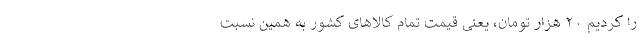
را کردیم ۲۰ هزار تومان، یعنی قیمت تمام کالاهای کشور به همین نسبت